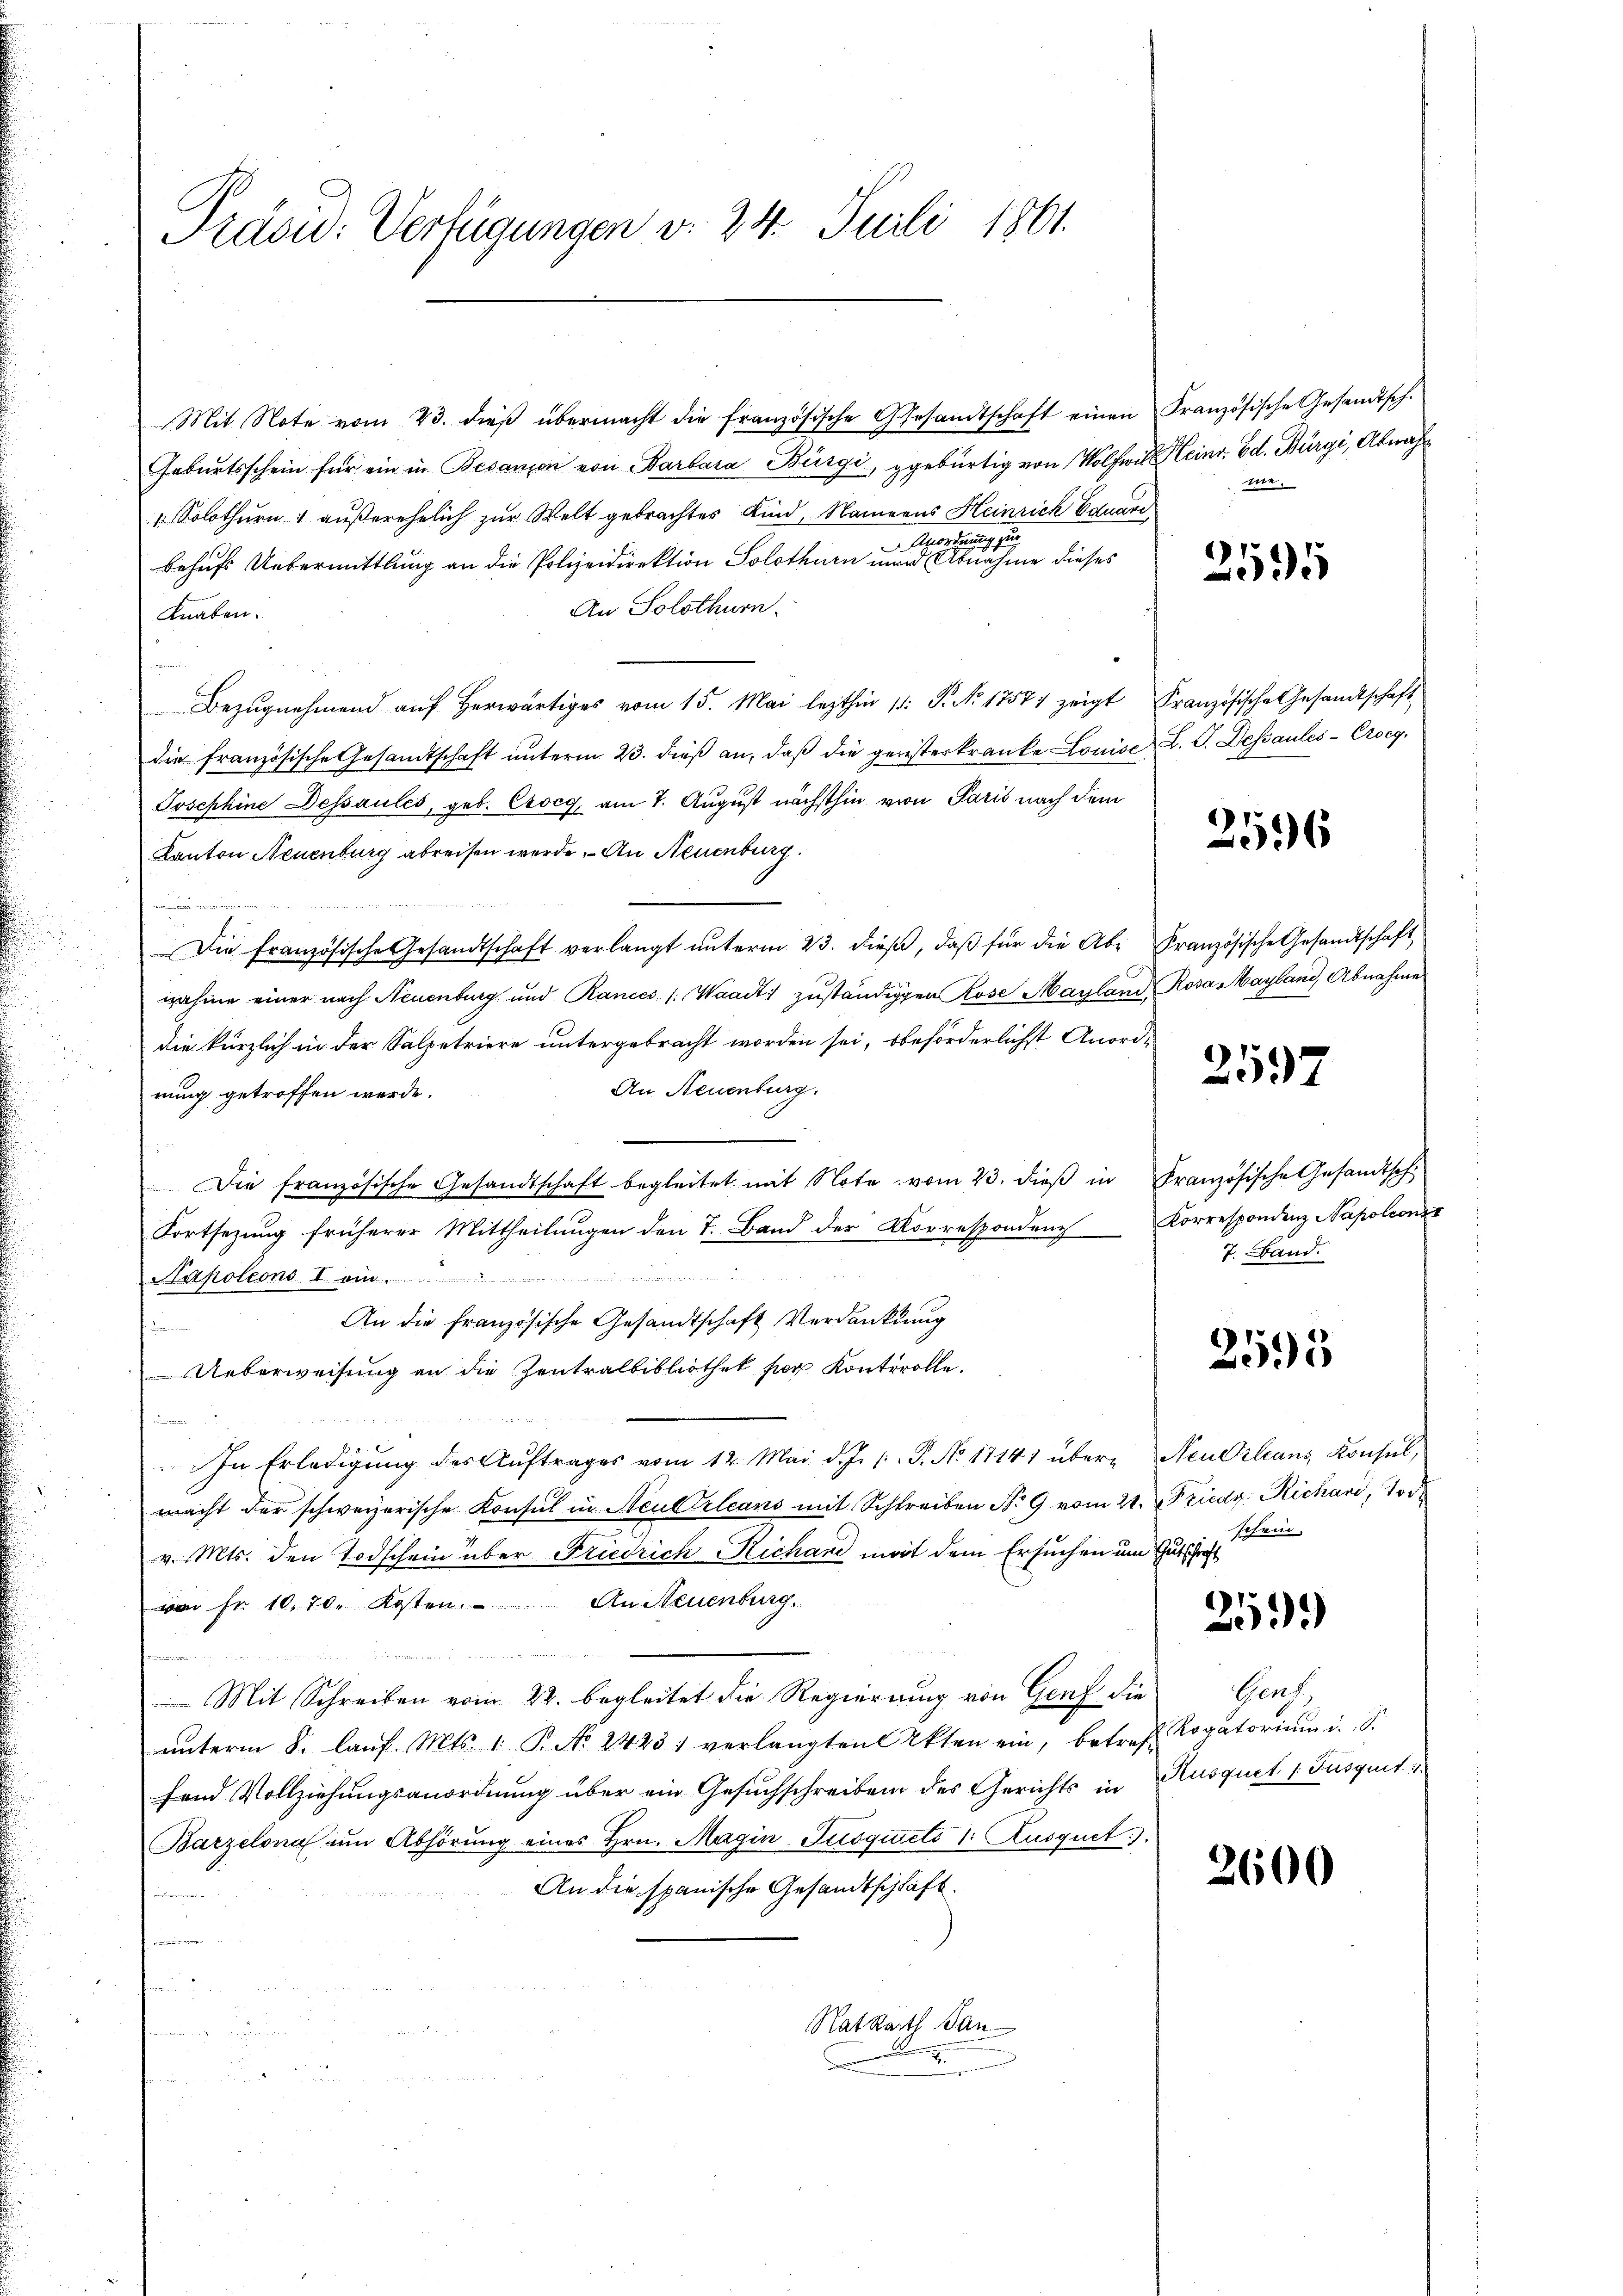
Präsid: Verfügungen d. 24. Juli 1861.

Mit Note vom 23. dieß übermacht die französische Gesandtschaft einen
Gebŭrtsschein für ein in Besanzen von Barbara Bürgi, gebürtig von Wolfwil Klein. Ed. Bürgi, Abnah¬
„ Solothurn 1 außerehelich zur Welt gebrachtes Kind, Namens Heinrich Eduari
Anordnung zur
behufs Uebermittlung an die Polizeidirektion Solothurn und Abnahme dieses
An Solothurn.
Knaben.
Bezugnehmend auf herwärtiges vom 15. Mai lezthin 11. P. No 1757) zeigt
die französische Gesandtschaft unterm 23. dieß an, daß die geristerkranke Louise L. G. Dessaules-Croeg.
Josephine Dessaules, geb. Crocg, am 7. August nächsthin von Paris nach dem
Kanton Neuenburg abreisen werde. An Neuenburg.
Die französische Gesandtschaft verlangt unterm 23. dieß, daß für die Abnahme einer nach Neuenburg und Rances /: Waadt) zŭständigen Rose Mayland, Rosa Mayland Abnahmes
die kürzlich in der Salpetriere untergebracht worden sei, beförderlichst Anord-
An Neuenburg.
nung getroffen werde.
Die französische Gesandtschaft begleitet mit Note vom 23. dieß in
Fortsezung früherer Mittheilungen den 7. Band der Korrespondenz Korrespondenz Napoleonz
Rapoleons I.
An die französische Gesandtschaft Verdankung
f
Ueberweisung an die Zentralbibliothek sag Kontrolle.
In Erledigung des Auftrages vom 12. Mai d. J. J. P. No 17141 über Neudrleans Konsul,
macht der schweizerische Konsul in Neuktrleans mit Schreiben No 9 vom 21. Friedg. Richari, 10 d
v. Mts. den Todschein über Friedrich Richan mit dem Ersuchen um Gutschrift
von Fr. 10. 70. Kosten. An Neuenburg.

Mit Schreiben vom 22. begleitet die Regierung von Genf die Genf,
ŭnterm 8. laŭf. Mts. 1. P. No. 2423) verlangten Akten ein, betreff Rogatoriŭm i. S.
fend Vollziehungsanordnung über ein Gesuchschreiben des Gerichts in
Barzelona um Abhörung eines Hrn. Magin-Jusquitto 1. Ausguet).
An die spanische Gesandtschläft.

Ratkarth Jan

Französische Gesandtsch.
me.

2595

Französische Gesandtschaft

2596

Französische Gesandtschaft

2597

Französische Gesandtsch
7. Band.

2595

schein.

259.

Rusquet 1 Fusquit

2600